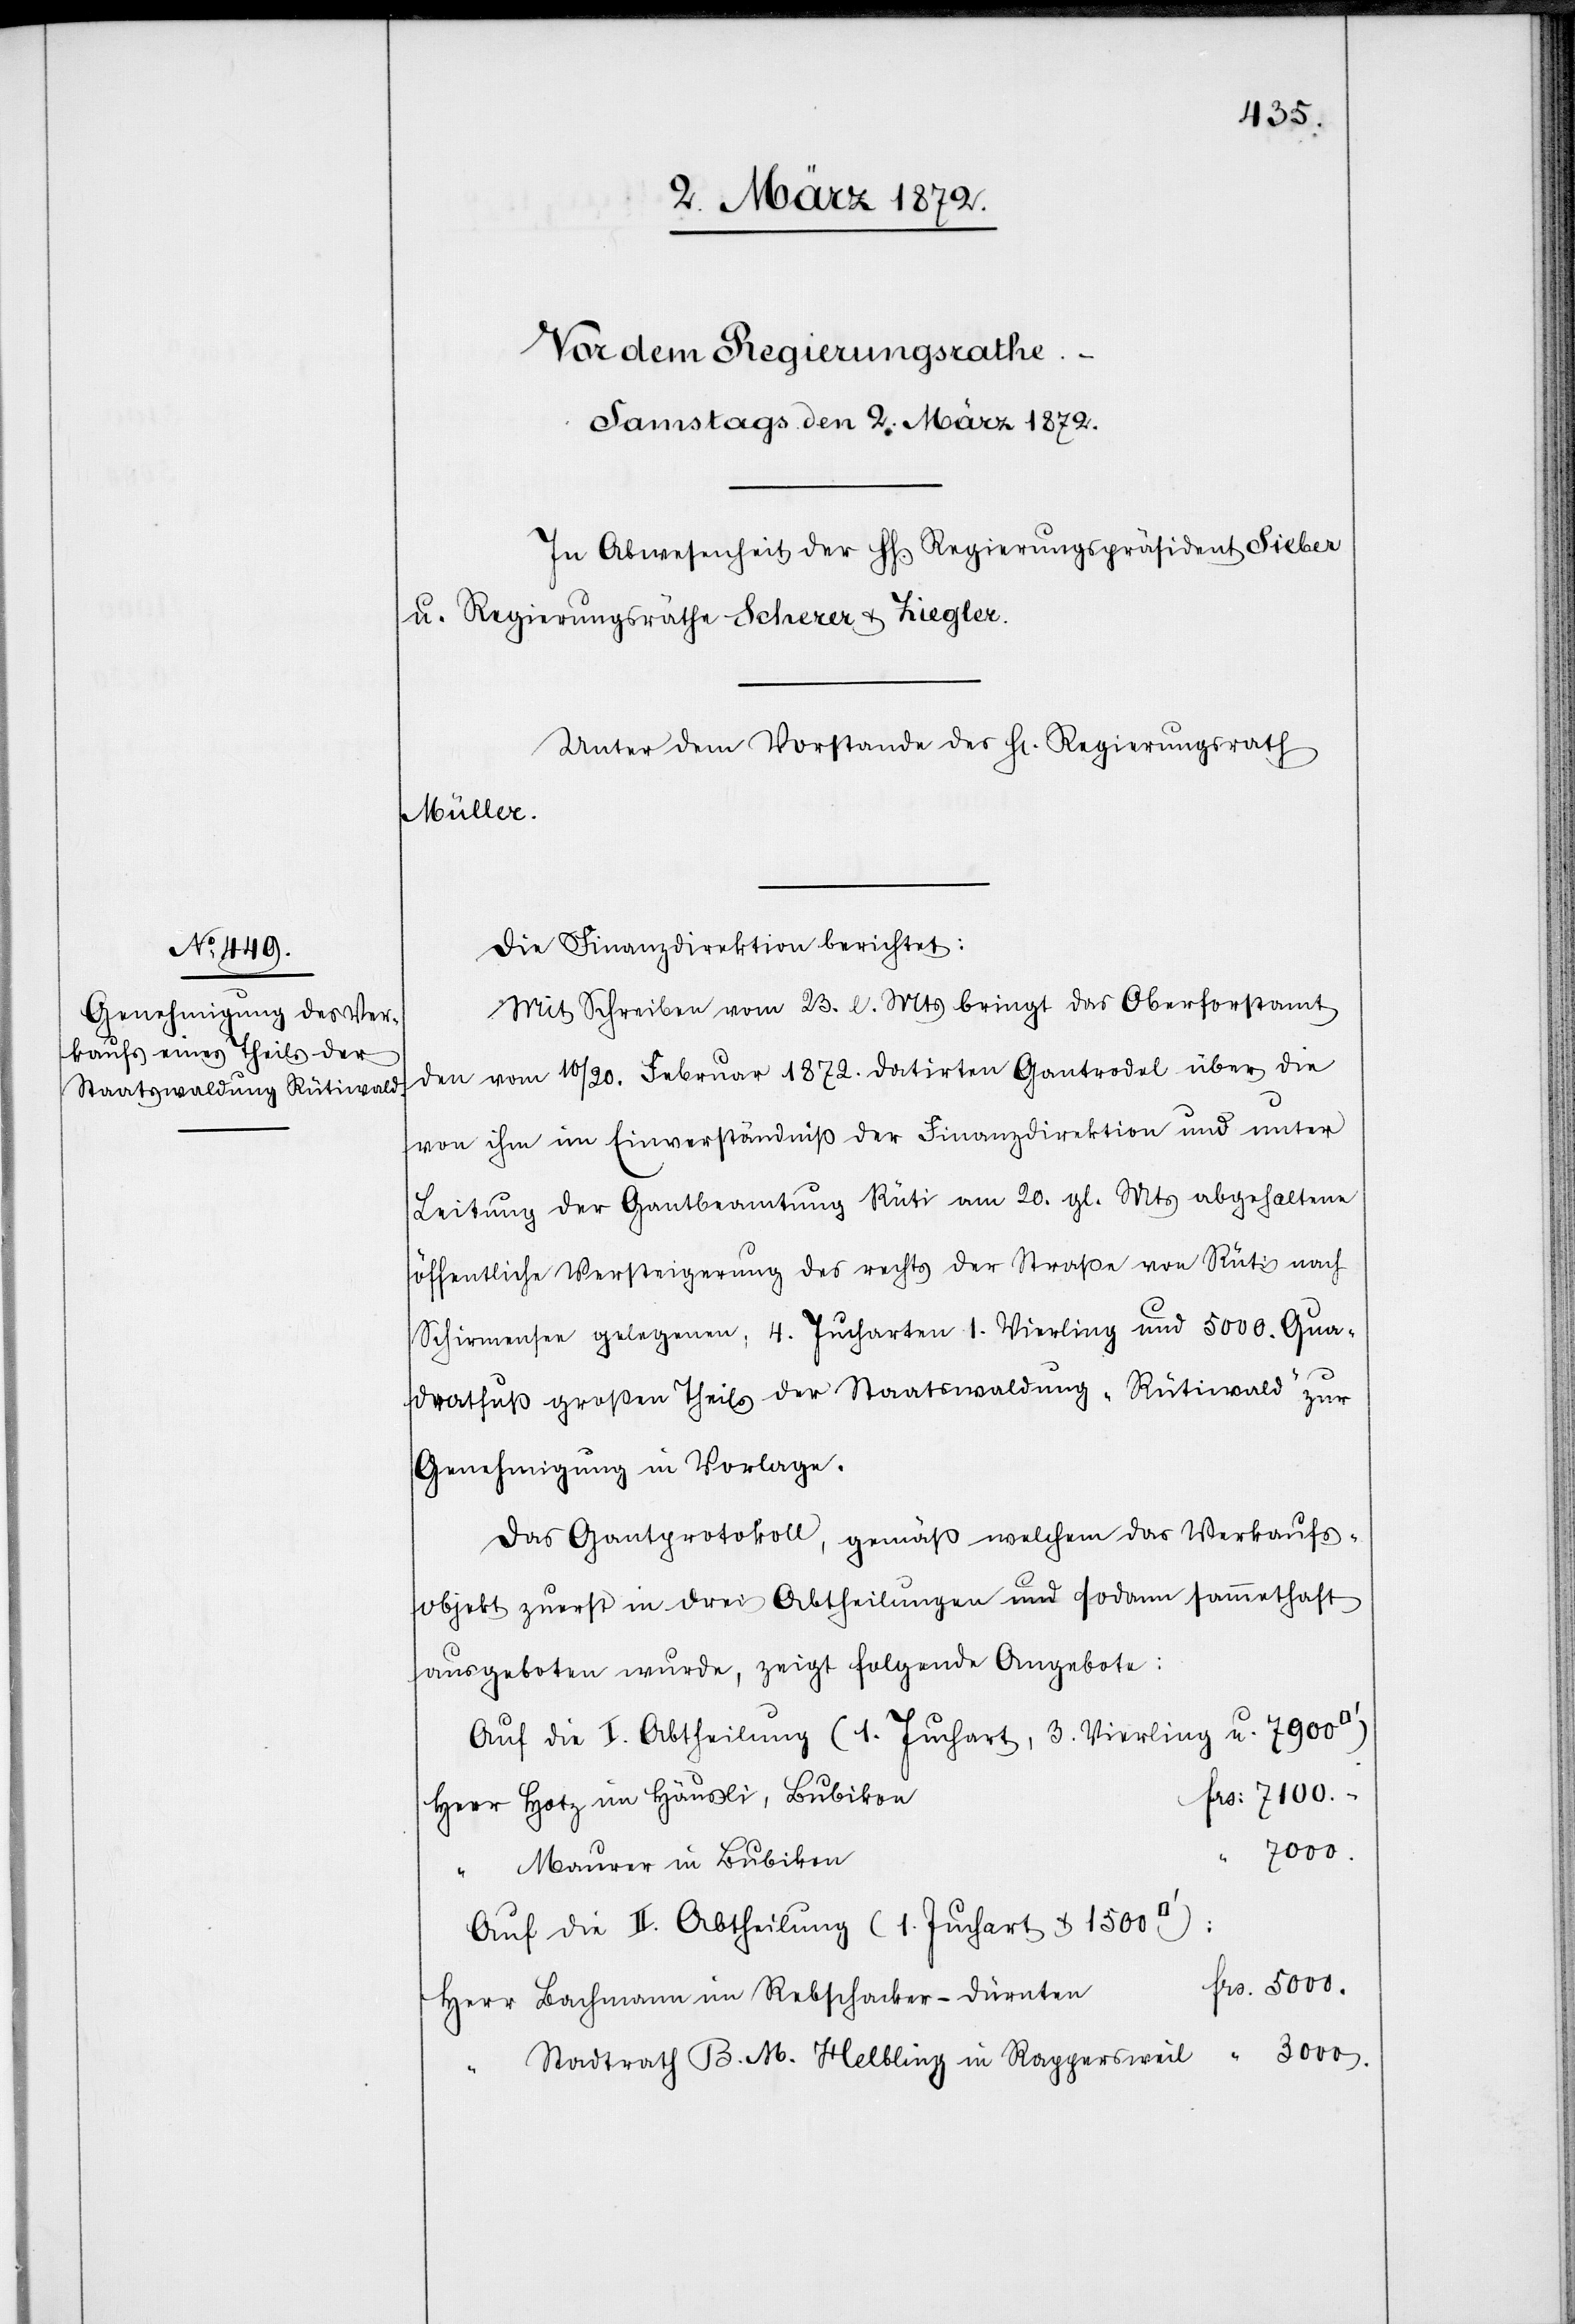
Die Finanzdirektion berichtet:
Mit Schreiben vom 23. l. Mts bringt das Oberforstamt
den vom 10/20. Februar 1872. datirten Gantrodel über die
von ihm im Einverständniß der Finanzdirektion und unter
Leitung der Gantbeamtung Rüti am 20. gl. Mts abgehaltene
öffentliche Versteigerung des rechts der Straße von Rüti nach
Schirmensen gelegenen, 4. Jucharten 1. Vierling und 5000. Qua¬
dratfuß großen Theils der Staatswaldung „Rütiwald“ zur
Genehmigung in Vorlage.
Das Gantprotokoll, gemäß welchem das Verkaufs¬
objekt zuerst in drei Abtheilungen und sodann sammethaft
ausgeboten wurde, zeigt folgende Angebote:
Auf die I. Abtheilung (1. Juchart, 3. Vierling u. 7900
frs. 7100.-
Herr Hotz im Häusli, Bubikon
3000.
Maurer in Bubikon
Auf die II. Abtheilung (1. Juchart & 1500
frs. 5000.
Herr Lachmann im Rebschacker-Dürnten
“ Stadtrath B. M. Helbling in Rappersweil